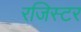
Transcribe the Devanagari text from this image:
रजिस्टर